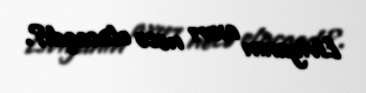
Liviyanın axırı necə olacaqdı?.